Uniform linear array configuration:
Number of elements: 24
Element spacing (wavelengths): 0.25
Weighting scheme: kaiser
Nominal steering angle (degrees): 30
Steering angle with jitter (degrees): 29.716
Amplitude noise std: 0.05
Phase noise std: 0.05

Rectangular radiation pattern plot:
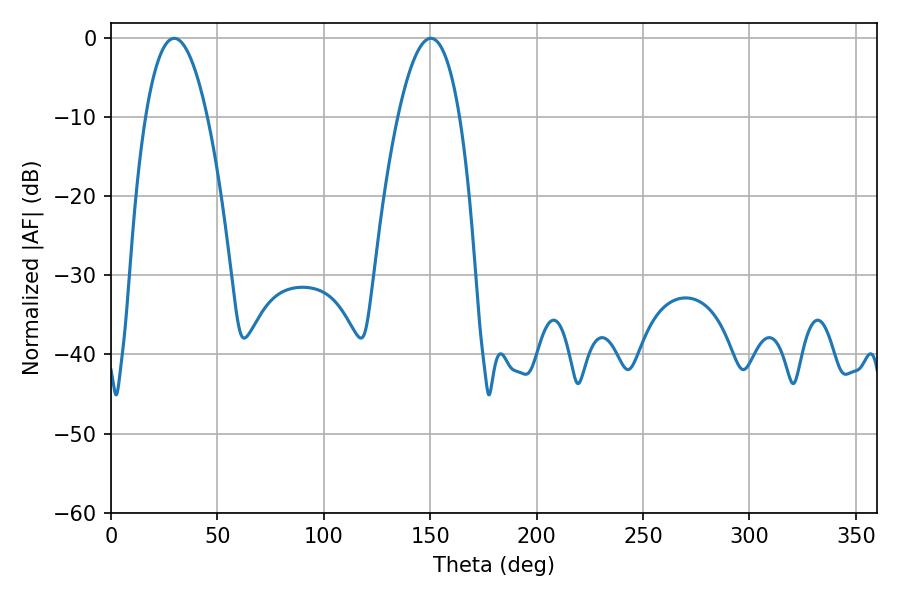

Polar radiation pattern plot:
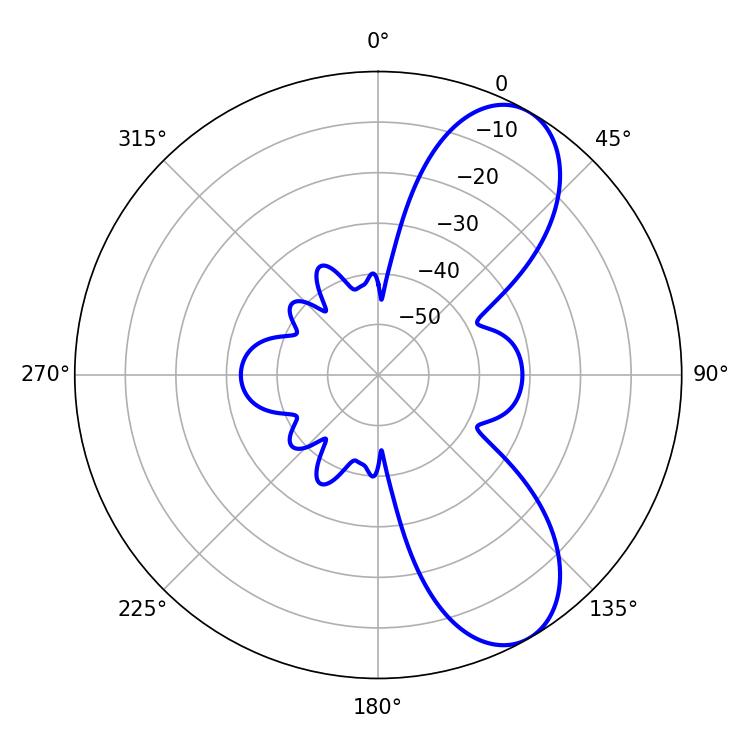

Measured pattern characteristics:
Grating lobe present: FALSE
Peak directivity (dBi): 8.237
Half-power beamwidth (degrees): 16.02
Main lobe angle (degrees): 29.7